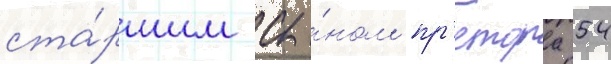
ста́ршим сы́ном пр'етора 54